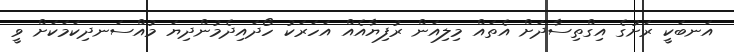
އަނބަކީ ރަށުގެ އިގްތިސާދަށް އެތައް މިލިއަން ރުފިޔާއެއް އަހަރަކު ހޯދައިދެމުންދިޔަަ މުއްސަނދިކަމަކަށް ވީ